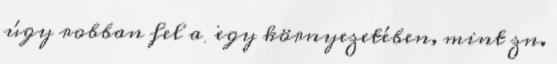
úgy robban fel a ∞ egy környezetében, mint zn.